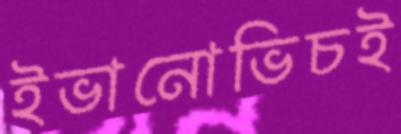
ইভানোভিচই